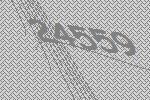
24559